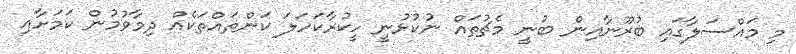
މި މައްސަލާގައި ބުރޫނާއިން ބުނީ މެޗުތައް ނުކުޅުނީ ހީކުރާކަހަލަ ކަންތައްތަކެއް ދިމާވުމުން ކަމަށާއި